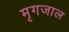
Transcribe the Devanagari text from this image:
मृगजाल